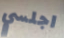
اجلسي